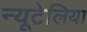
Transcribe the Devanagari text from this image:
न्यूटेलिया